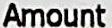
AMOUNT